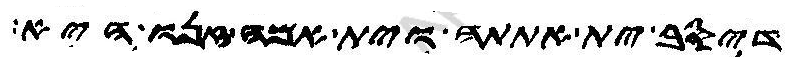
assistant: דיסב ית אתתה וית אמה זנו היא